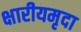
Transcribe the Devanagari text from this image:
क्षारीयमृदा